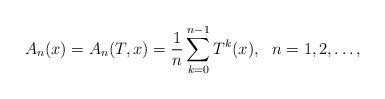
LaTeX: \begin{align*}A_n(x)=A_n(T,x)=\frac 1n\sum_{k=0}^{n-1} T^k(x), \ \ n=1,2,\dots,\end{align*}